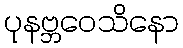
ပုနဗ္ဘဝေသိနော